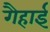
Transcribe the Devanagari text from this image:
गैहाई